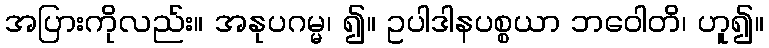
အပြားကိုလည်း။ အနုပဂမ္မ၊ ၍။ ဥပါဒါနပစ္စယာ ဘဝေါတိ၊ ဟူ၍။